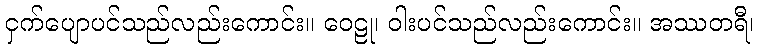
ငှက်ပျောပင်သည်လည်းကောင်း။ ဝေဠု၊ ဝါးပင်သည်လည်းကောင်း။ အဿတရီ၊